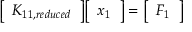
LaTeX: { \left[ \begin{array} { l } { K _ { 1 1 , r e d u c e d } } \end{array} \right] } { \left[ \begin{array} { l } { x _ { 1 } } \end{array} \right] } = { \left[ \begin{array} { l } { F _ { 1 } } \end{array} \right] }